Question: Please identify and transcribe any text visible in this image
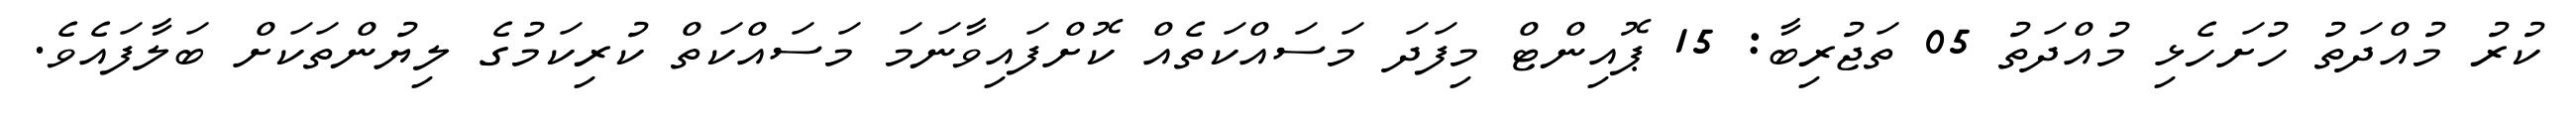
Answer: ކުރު މުއްދަތު ހުށަހެޅި މުއްދަތު 05 ތަޖުރިބާ: 15 ޕޮއިންޓް މިފަދަ މަސައްކަތެއް ކޮށްފައިވާނަމަ މަސައްކަތް ކުރިކަމުގެ ލިޔުންތަކަށް ބަލާފައެވެ.